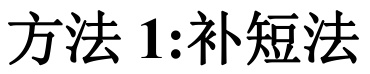
方法 1:补短法